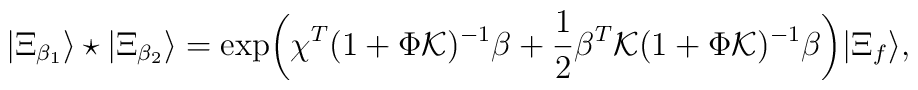
| \Xi_{\beta_1} \rangle \star | \Xi_{\beta_2} \rangle = \exp \biggl( \chi^T (1+ \Phi {\cal K})^{-1} \beta +{1 \over 2}\beta^T {\cal K}(1+ \Phi {\cal K})^{-1} \beta \biggr) |\Xi_f\rangle,